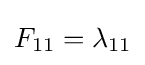
F_{11}=\lambda _{11}